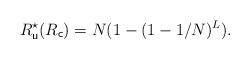
LaTeX: \begin{align*}R^\star_{\mathsf{u}} (R_{\mathsf{c}})&= N(1-(1-1/N)^L).\end{align*}